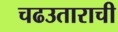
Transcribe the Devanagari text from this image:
चढउताराची